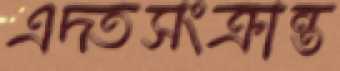
এদ্তসংক্রান্ত